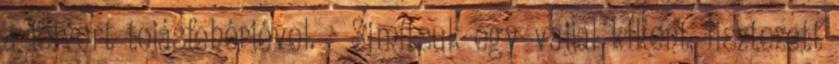
a felvert tojásfehérjével. - Simítsuk egy vajjal kikent, lisztezett